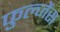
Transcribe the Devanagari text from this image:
फुल्जेंस